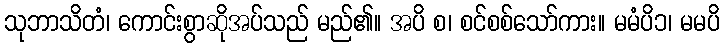
သုဘာသိတံ၊ ကောင်းစွာဆိုအပ်သည် မည်၏။ အပိ စ၊ စင်စစ်သော်ကား။ မမံပိ၁၊ မမပိ